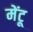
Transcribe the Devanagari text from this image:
मेंटू